Vaccine operations Central Provinces 1886-1899 - 1886-1899
Year: 1886
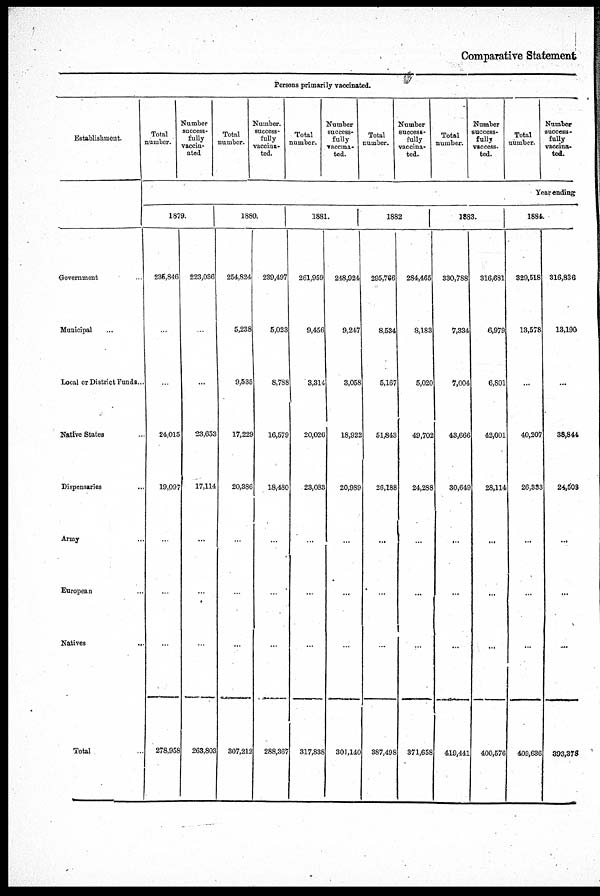
Comparative Statement
Persons primarily vaccinated.
Establishment.
Govenment ...
Municipal
...
Local or District Funds...
Native States ...
Dispensaries ...
Army ...
European ...
Natives
...
Total ...
Total
number.
Number
success-
fully
vaccin-
ated
Total
number.
Number.
success-
fully
vaccina¬
ted.
Total
number.
Number
success-
fully
vaccina-
ted.
Total
number.
Number
success-
fully
vaccina-
ted.
Total
number.
Number
success-
fully
vaccess¬
ted.
Total
number.
Number
success-
fully
vaccina¬
ted.
Year ending
1879.
235,846
...
...
24,015
19,097
...
...
...
278,958
223,036
...
...
23,653
17,114
...
...
...
263,803
1880.
254,824
5,238
9,535
17,229
20,386
...
...
...
307,212
239,497
5,023
8,788
16,579
18,480
...
...
...
288,367
1881.
261,959
9,456
3,314
20,026
23,083
...
...
...
317,838
248,924
9,247
3,058
18,922
20,989
...
...
...
301,140
1882
295,766
8,534
5,167
51,843
26,188
...
...
...
387,498
284,465
8,183
5,020
49,702
24,288
...
...
...
371,658
1883.
330,788
7,334
7,004
43,666
30,649
...
...
...
419,441
316,681
6,979
6,801
42,001
28,114
...
...
...
400,576
1884.
329,518
13,578
...
40,207
26,333
...
...
...
409,636
316,836
13,190
...
38,844
24,508
...
...
...
393,373